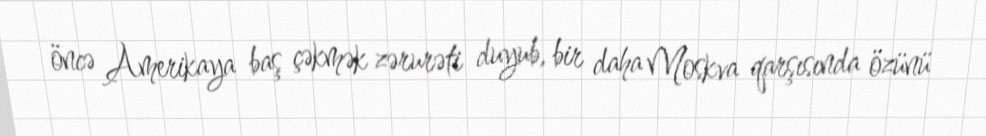
öncə Amerikaya baş çəkmək zərurəti duyub, bir daha Moskva qarşısında özünü